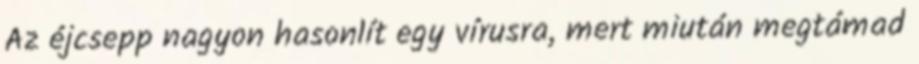
Az éjcsepp nagyon hasonlít egy vírusra, mert miután megtámad